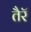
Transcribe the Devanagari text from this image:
तैरॅ